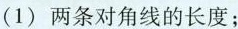
(1)两条对角线的长度；